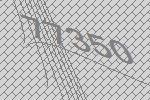
77350